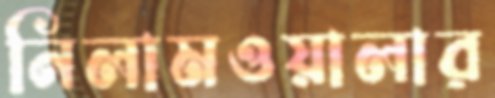
নিলামওয়ালার